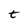
Character: t